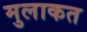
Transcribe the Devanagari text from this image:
मुलाकत